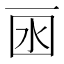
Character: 𠀯